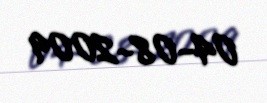
04-08-2009